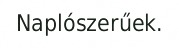
Naplószerűek.